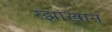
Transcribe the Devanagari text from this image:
रझाखान